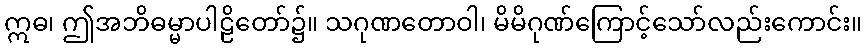
ဣဓ၊ ဤအဘိဓမ္မာပါဠိတော်၌။ သဂုဏတောဝါ၊ မိမိဂုဏ်ကြောင့်သော်လည်းကောင်း။